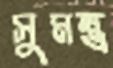
সুমন্ত্র